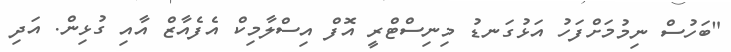
"ބަހުސް ނިމުމަށްފަހު އަޅުގަނޑު މިނިސްޓްރީ އޮފް އިސްލާމިކް އެފެއާޒް އާއި ގުޅިން. އަދި